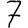
Digit: 7